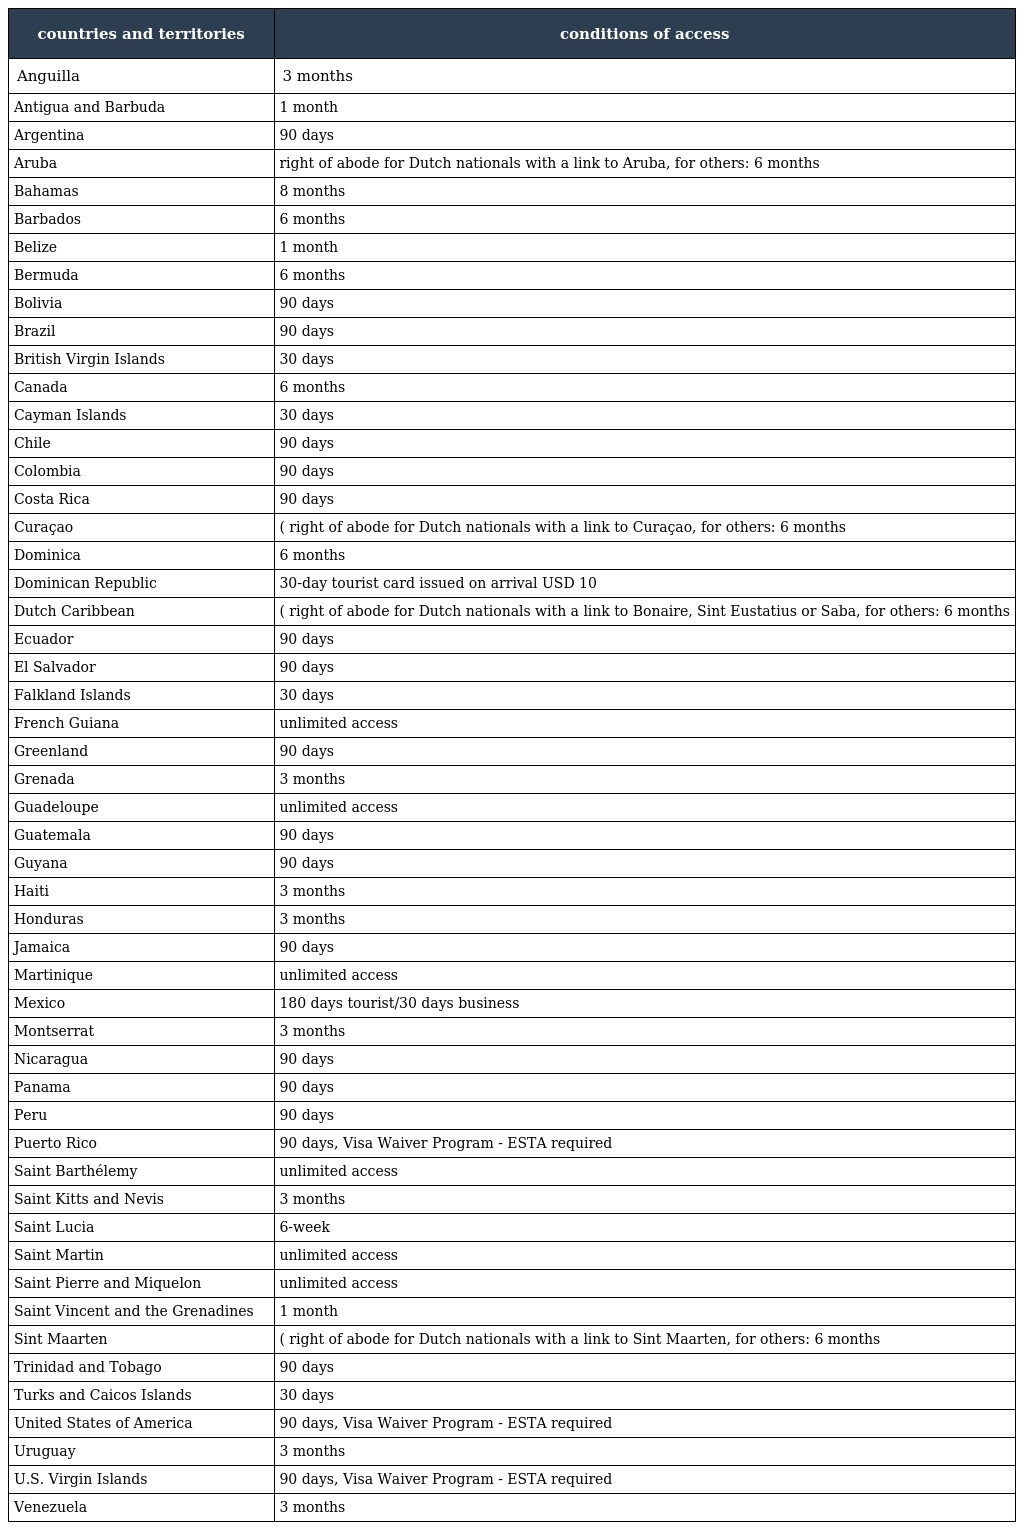
| countries and territories | conditions of access |
 | --- | --- |
 | Anguilla | 3 months |
 | Antigua and Barbuda | 1 month |
 | Argentina | 90 days |
 | Aruba | right of abode for Dutch nationals with a link to Aruba, for others: 6 months |
 | Bahamas | 8 months |
 | Barbados | 6 months |
 | Belize | 1 month |
 | Bermuda | 6 months |
 | Bolivia | 90 days |
 | Brazil | 90 days |
 | British Virgin Islands | 30 days |
 | Canada | 6 months |
 | Cayman Islands | 30 days |
 | Chile | 90 days |
 | Colombia | 90 days |
 | Costa Rica | 90 days |
 | Curaçao | ( right of abode for Dutch nationals with a link to Curaçao, for others: 6 months |
 | Dominica | 6 months |
 | Dominican Republic | 30-day tourist card issued on arrival USD 10 |
 | Dutch Caribbean | ( right of abode for Dutch nationals with a link to Bonaire, Sint Eustatius or Saba, for others: 6 months |
 | Ecuador | 90 days |
 | El Salvador | 90 days |
 | Falkland Islands | 30 days |
 | French Guiana | unlimited access |
 | Greenland | 90 days |
 | Grenada | 3 months |
 | Guadeloupe | unlimited access |
 | Guatemala | 90 days |
 | Guyana | 90 days |
 | Haiti | 3 months |
 | Honduras | 3 months |
 | Jamaica | 90 days |
 | Martinique | unlimited access |
 | Mexico | 180 days tourist/30 days business |
 | Montserrat | 3 months |
 | Nicaragua | 90 days |
 | Panama | 90 days |
 | Peru | 90 days |
 | Puerto Rico | 90 days, Visa Waiver Program - ESTA required |
 | Saint Barthélemy | unlimited access |
 | Saint Kitts and Nevis | 3 months |
 | Saint Lucia | 6-week |
 | Saint Martin | unlimited access |
 | Saint Pierre and Miquelon | unlimited access |
 | Saint Vincent and the Grenadines | 1 month |
 | Sint Maarten | ( right of abode for Dutch nationals with a link to Sint Maarten, for others: 6 months |
 | Trinidad and Tobago | 90 days |
 | Turks and Caicos Islands | 30 days |
 | United States of America | 90 days, Visa Waiver Program - ESTA required |
 | Uruguay | 3 months |
 | U.S. Virgin Islands | 90 days, Visa Waiver Program - ESTA required |
 | Venezuela | 3 months |